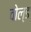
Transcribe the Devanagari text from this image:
वोल्ड